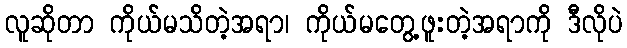
လူဆိုတာ ကိုယ်မသိတဲ့အရာ၊ ကိုယ်မတွေ့ဖူးတဲ့အရာကို ဒီလိုပဲ